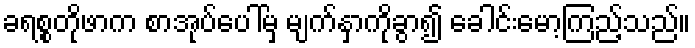
ခရစ္စတိုဖာက စာအုပ်ပေါ်မှ မျက်နှာကိုခွာ၍ ခေါင်းမော့ကြည့်သည်။